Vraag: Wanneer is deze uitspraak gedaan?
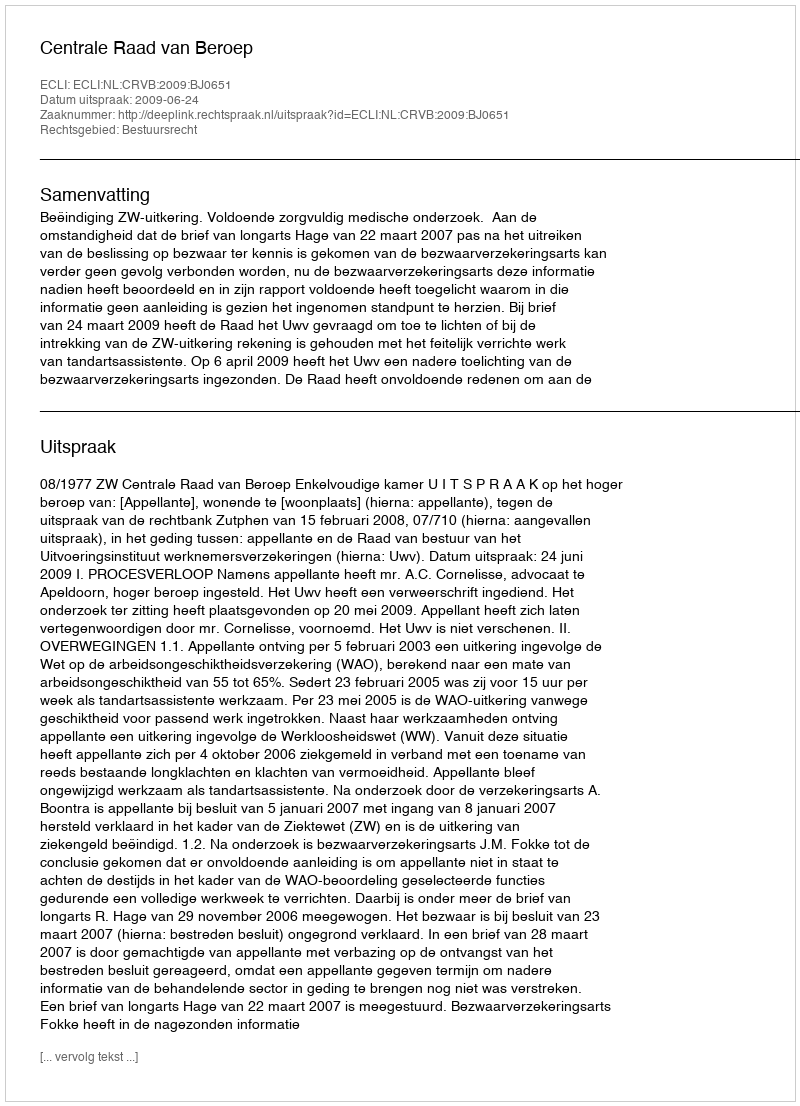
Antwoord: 2009-06-24